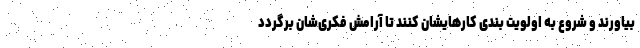
بیاورند و شروع به اولویت بندی کارهایشان کنند تا آرامش فکری‌شان برگردد